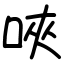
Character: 唊